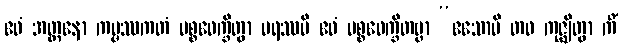
ဧဝံ အတ္တနော ကမ္မဿကတံ ပစ္စဝေက္ခိတွာ ပရဿပိ ဧဝံ ပစ္စဝေက္ခိတဗ္ဗာ “ဧသောပိ တဝ ကုဇ္ဈိတွာ ကိံ